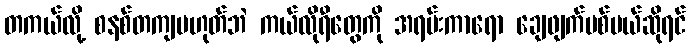
တကယ်လို့ စနစ်တကျမဟုတ်ဘဲ ကယ်လိုရီတွေကို အရမ်းကာရော ချေဖျက်ပစ်မယ်ဆိုရင်